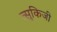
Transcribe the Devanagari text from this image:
त्सुकिजी